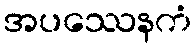
အပဿေနကံ